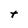
Character: t